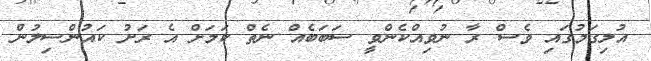
އުލިގަމުގައި ވެސް ރާ ނުވިއްކެންވީ ސަބަބެއް ނެތް ކަމަށް އެ ރަށު ކައުންސިލުން